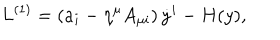
LaTeX: L ^ { ( 1 ) } = \left( a _ { i } - \eta ^ { \mu } A _ { \mu i } \right) { \dot { y } } ^ { i } - H ( y ) ,